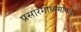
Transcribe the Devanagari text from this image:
प्रसारमाध्यमांकडून